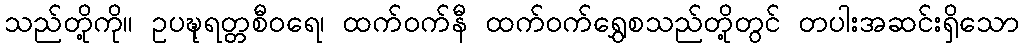
သည်တို့ကို။ ဥပဍ္ဎုရတ္တစီဝရေ၊ ထက်ဝက်နီ ထက်ဝက်ရွှေစသည်တို့တွင် တပါးအဆင်းရှိသော